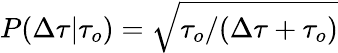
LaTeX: P(\Delta\tau\vert\tau_{o})=\sqrt{\tau_{o}/(\Delta\tau+\tau_{o})}